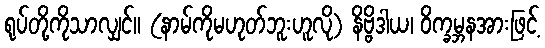
ရုပ်တို့ကိုသာလျှင်။ (နာမ်ကိုမဟုတ်ဘူးဟူလို) နိဗ္ဗိဒါယ၊ ဝိက္ခမ္ဘနအားဖြင့်